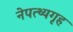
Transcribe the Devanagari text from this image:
नेपत्थ्यगृह